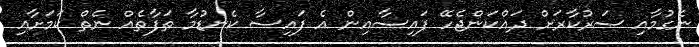
ނެގުމާއި ސަރުކާރަށް ދައްކަންޖެހޭ ފައިސާއިން އެ ފައިސާ ކެނޑުމާ ތަފާތެއް ނެތް ކަމަށާއި